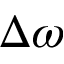
\Delta \omega